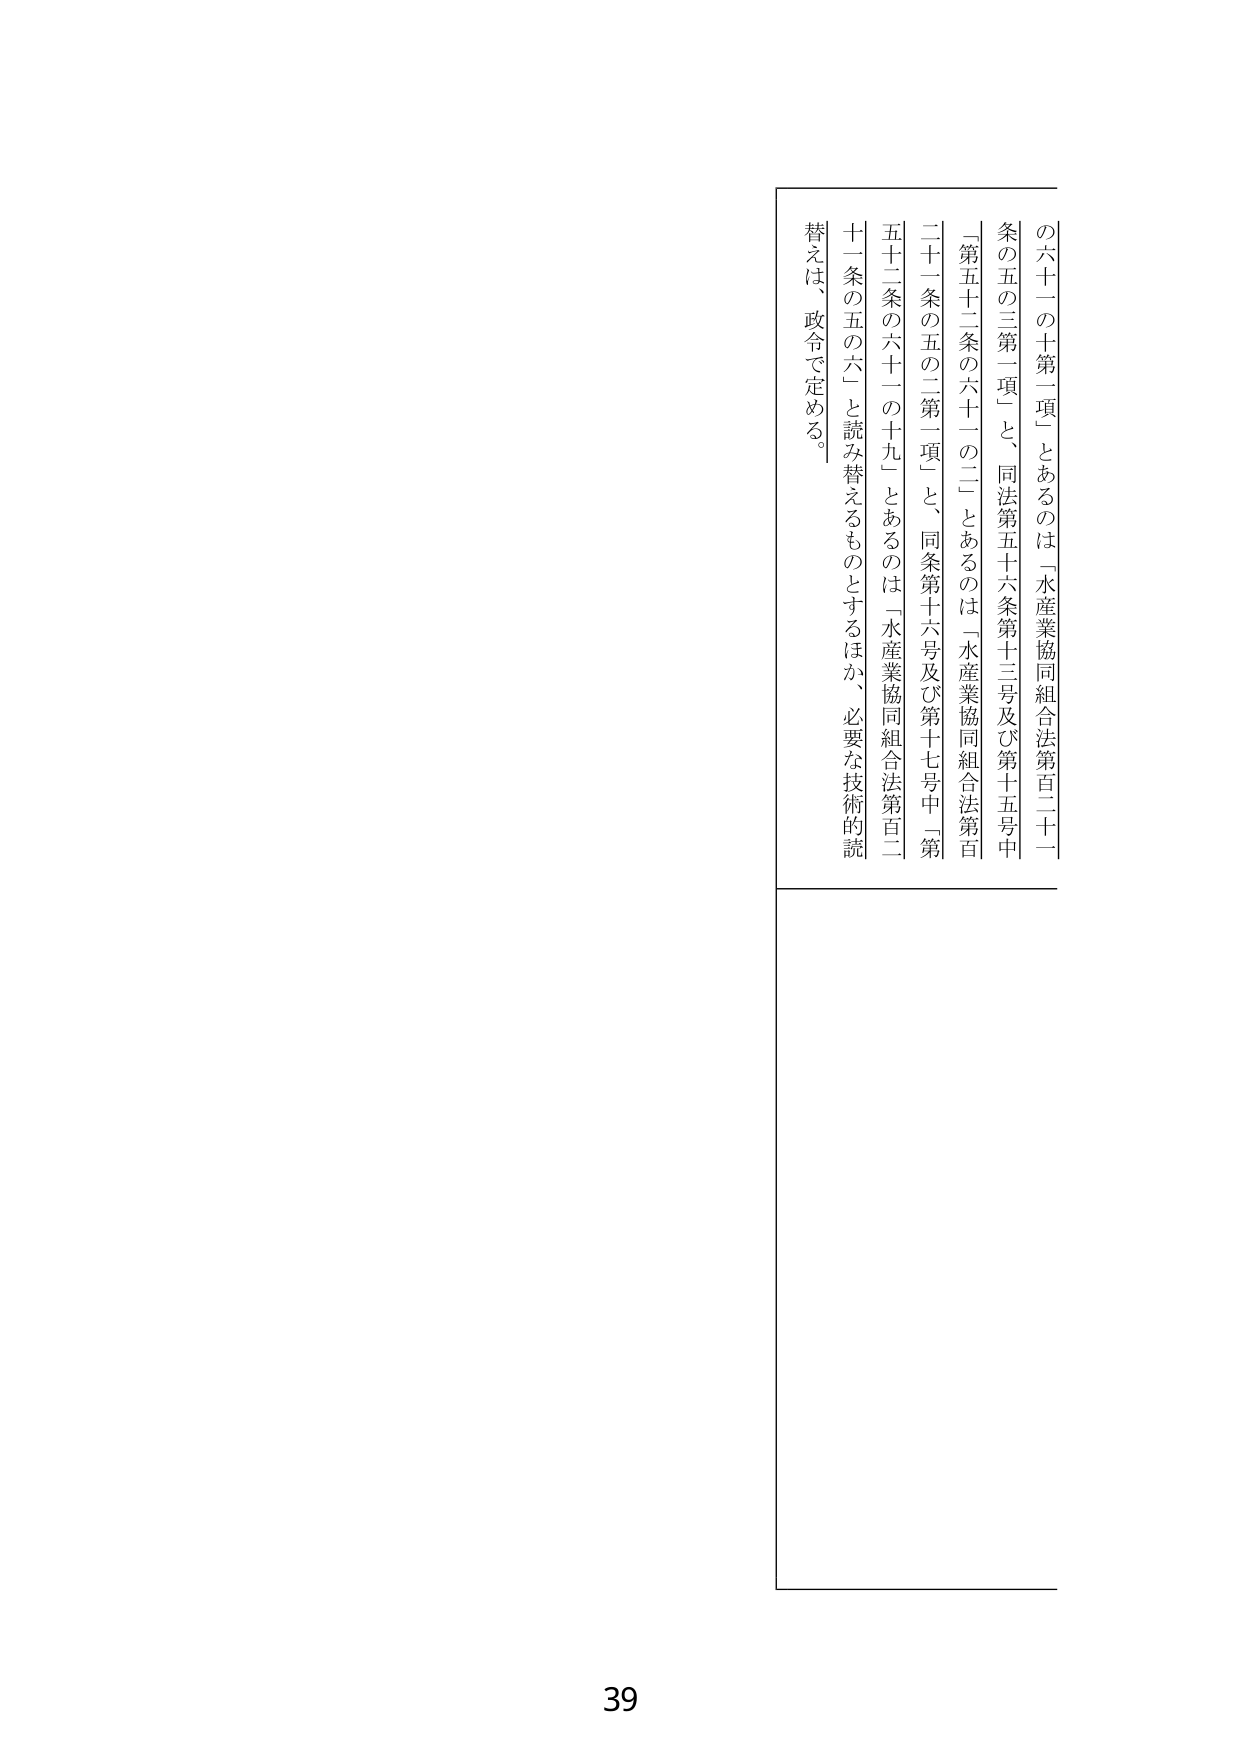
の六十一の十一項」とあるのは「水産業協同組合法第百二十一
条の五の三第一項」と、同法第五十六条第十三号及び第十五号中
「第五十二条の六十一の二」とあるのは「水産業協同組合法第百
二十一条の五の二第一項」と、同条第十六号及び第十七号中「第
五十二条の六十一の十九」とあるのは「水産業協同組合法第百二
十一条の五の六」と読み替えるものとするほか、必要な技術的読
替えは、政令で定める。